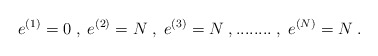
\begin{align*}e^{(1)} = 0 \; , \; e^{(2)} = N \; , \;e^{(3)} = N \; , ........ \; , \; e^{(N)} = N \; .\end{align*}